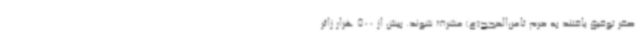
صفر توفیق یافتند به حرم ثامن‌الحجج(ع) مشرف شوند. بیش از 500 هزار زائر